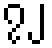
၇၂